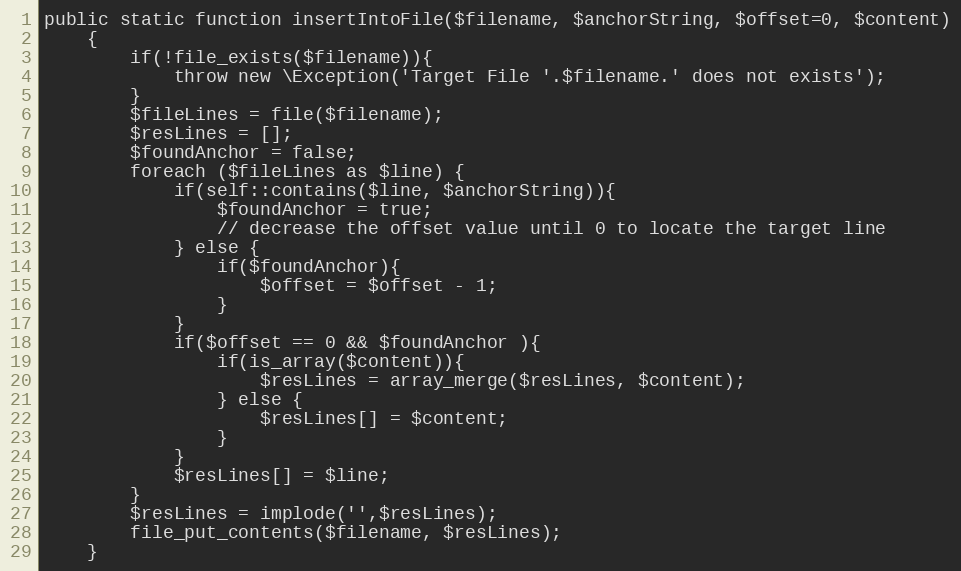
Language: PHP
public static function insertIntoFile($filename, $anchorString, $offset=0, $content)
    {
        if(!file_exists($filename)){
            throw new \Exception('Target File '.$filename.' does not exists');
        }
        $fileLines = file($filename);
        $resLines = [];
        $foundAnchor = false;
        foreach ($fileLines as $line) {
            if(self::contains($line, $anchorString)){
                $foundAnchor = true;
                // decrease the offset value until 0 to locate the target line
            } else {
                if($foundAnchor){
                    $offset = $offset - 1;
                }
            }
            if($offset == 0 && $foundAnchor ){
                if(is_array($content)){
                    $resLines = array_merge($resLines, $content);
                } else {
                    $resLines[] = $content;
                }
            }
            $resLines[] = $line;
        }
        $resLines = implode('',$resLines);
        file_put_contents($filename, $resLines);
    }